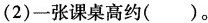
(2)一张课桌高约( )。